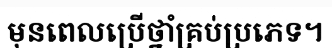
មុនពេលប្រើថ្នាំគ្រប់ប្រភេទ។